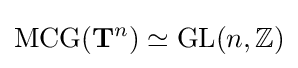
\operatorname {MCG} (\mathbf {T} ^{n})\simeq \operatorname {GL} (n,\mathbb {Z} )